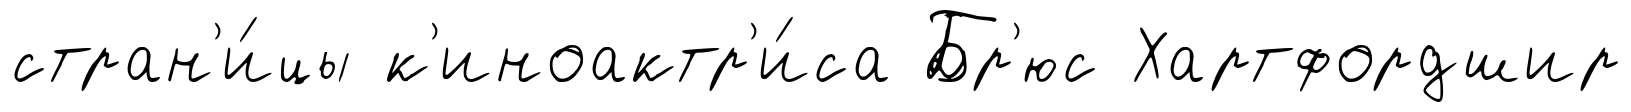
стран'и́цы к'иноактр'и́са Бр'юс Хартфордшир